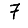
Digit: 7